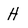
Character: H